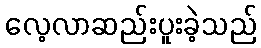
လေ့လာဆည်းပူးခဲ့သည်